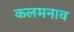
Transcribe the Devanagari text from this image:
कलमनाव